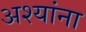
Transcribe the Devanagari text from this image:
अश्यांना